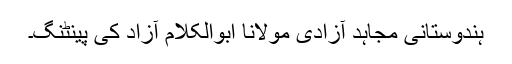
ہندوستانی مجاہد آزادی مولانا ابوالکلام آزاد کی پینٹنگ۔